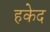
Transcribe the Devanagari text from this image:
हकेद